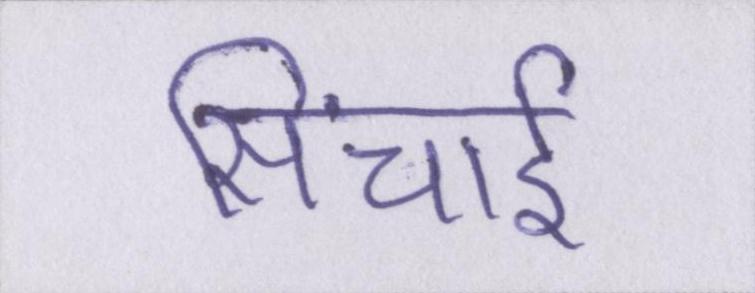
सिंचाई